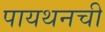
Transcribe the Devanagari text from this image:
पायथनची